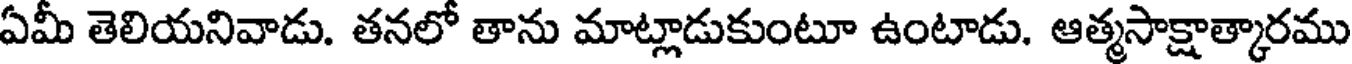
ఏమీ తెలియనివాడు. తనలో తాను మాట్లాడుకుంటూ ఉంటాడు. ఆత్మసాక్షాత్కారము